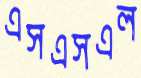
এসএসএল